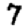
Digit: 7